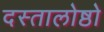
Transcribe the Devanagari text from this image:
दस्तालोष्ठो